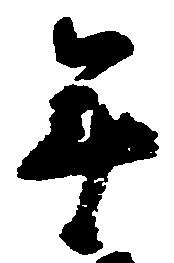
年